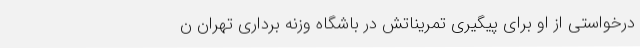
درخواستی از او برای پیگیری تمریناتش در باشگاه وزنه برداری تهران ن